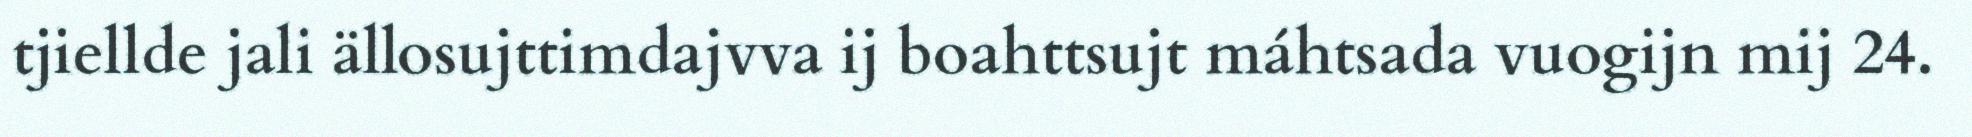
tjiellde jali ällosujttimdajvva ij boahttsujt máhtsada vuogijn mij 24.